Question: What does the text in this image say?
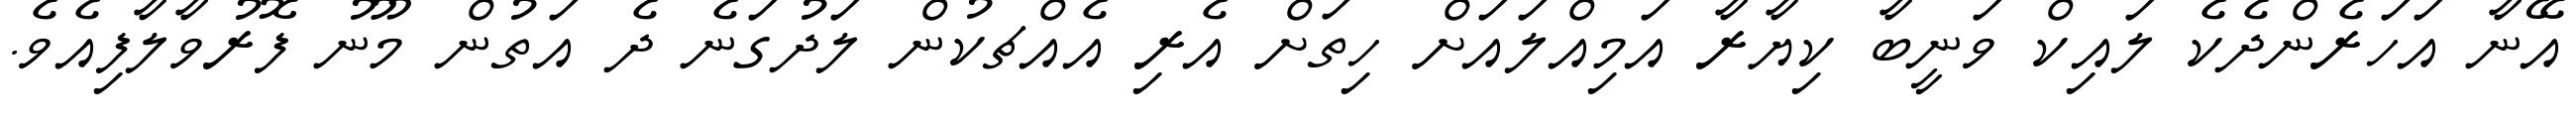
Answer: އޭނާ އަހަރެންދެކެ ލައިކް ވަނީބާ ކިޔާރާ އަމިއްލައަށް ހިތަށް އެރި އެއްޗކުން ލަދުގަނެ ދެ އަތުން މޫނު ފޮރުވާލާފިއެވެ.